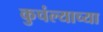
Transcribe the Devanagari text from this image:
कुचंल्याच्या